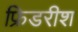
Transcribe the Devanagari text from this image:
फ्रिडरीश